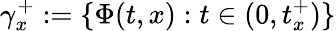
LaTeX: \gamma_{x}^{+}:=\{ \Phi(t,x):t\in(0,t_{x}^{+})\}